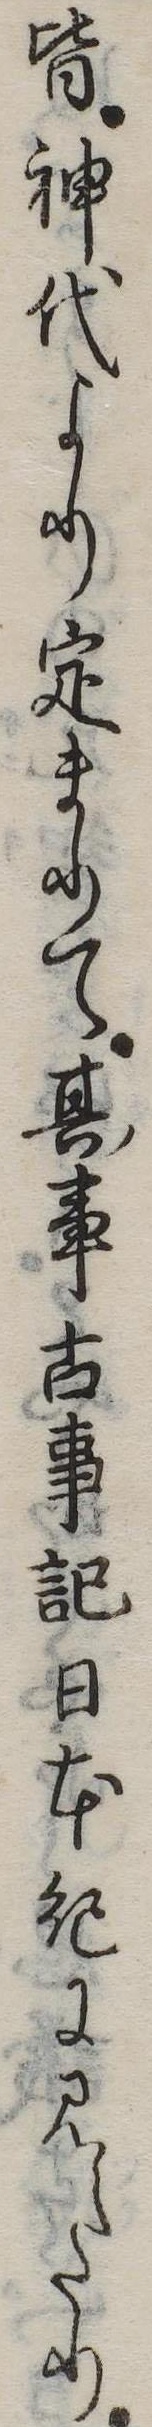
皆神代より定まりて其事古事記日本紀に見えたり